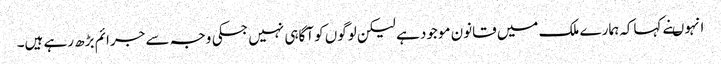
انہوںنے کہاکہ ہمارے ملک میں قانون موجود ہے لیکن لوگوں کو آگاہی نہیں جسکی وجہ سے جرائم بڑھ رہے ہیں۔